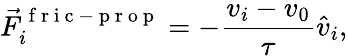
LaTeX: \vec{F}_{i}^{\mathrm{~f~r~i~c~-~p~r~o~p~}}=-\frac{v_{i}-v_{0}}{\tau}\hat{v}_{i},